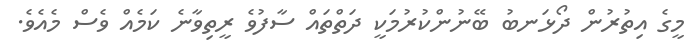
މީގެ އިތުރުން ދޯޅަނބު ބޭނުންކުރުމަކީ ދަތްތައް ސާފުވެ ރީތިވާނެ ކަމެއް ވެސް މެއެވެ.